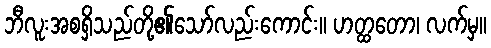
ဘီလူးအစရှိသည်တို့၏သော်လည်းကောင်း။ ဟတ္ထတော၊ လက်မှ။